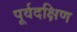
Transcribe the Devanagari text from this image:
पूर्वदक्षिण